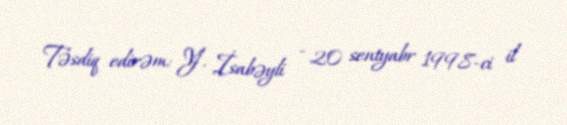
Təsdiq edirəm: Y. İsabəyli - 20 sentyabr 1998-ci il